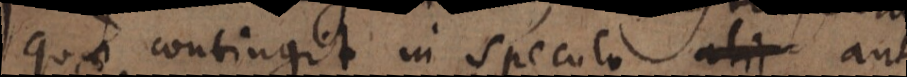
quae contingit in speculo aut